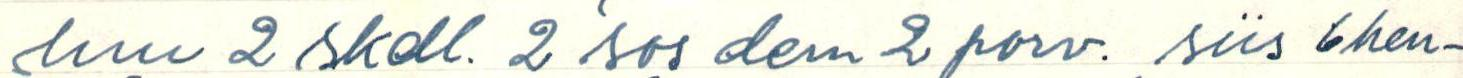
luu 2 skdl. 2 sos dem 2 porv. siis 6 hen-